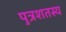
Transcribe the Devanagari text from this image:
पुत्रशतस्य